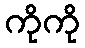
ကိုကို